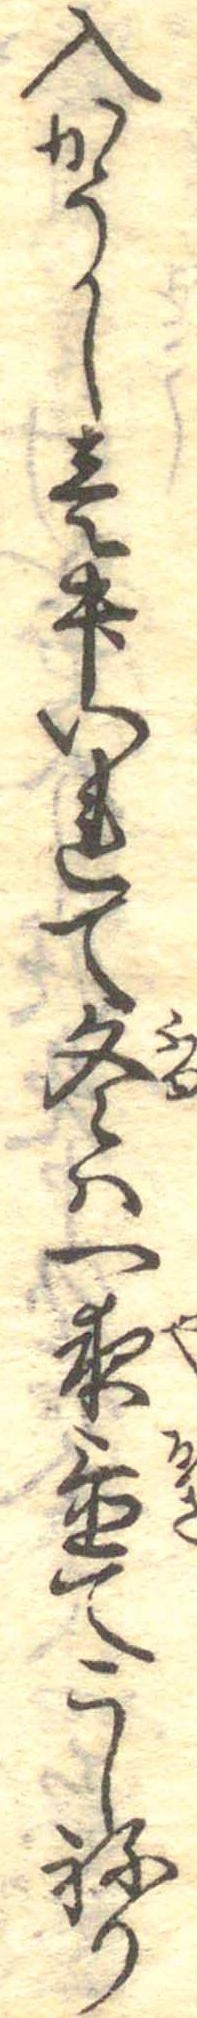
入かうし壱升いれて冬は一夜置てこしねり